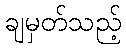
ချမှတ်သည့်